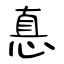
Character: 惪